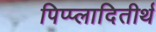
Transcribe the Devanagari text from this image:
पिप्प्लादितीर्थ